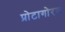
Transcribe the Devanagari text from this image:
प्रोटागोरस